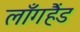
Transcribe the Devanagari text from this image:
लाँगहैंड